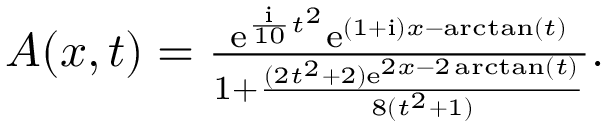
\begin{array} { r } { A ( x , t ) = \frac { \mathrm { e } ^ { \frac { \mathrm { { i } } } { 1 0 } t ^ { 2 } } \mathrm { e } ^ { ( 1 + \mathrm { { i } } ) x - \arctan ( t ) } } { 1 + \frac { ( 2 t ^ { 2 } + 2 ) \mathrm { e } ^ { 2 x - 2 \arctan ( t ) } } { 8 ( t ^ { 2 } + 1 ) } } . } \end{array}